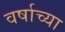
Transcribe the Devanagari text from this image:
वर्षाच्‍या